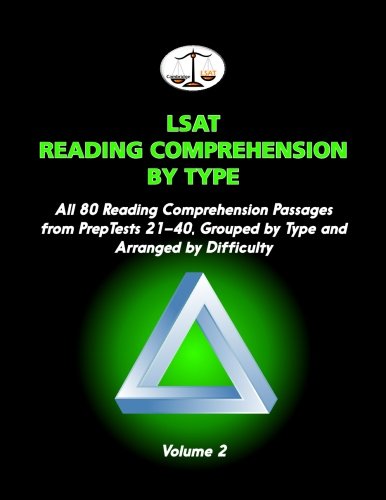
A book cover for LSAT Reading Comprehension by Type, Volume 2: All 80 Reading Comprehension Passages from PrepTests 21-40, Grouped by Type and Arranged by Difficulty (Cambridge LSAT); Morley Tatro; Test Preparation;